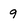
Character: 9